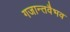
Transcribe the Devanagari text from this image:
गजान्तवैभव